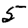
Digit: 5